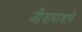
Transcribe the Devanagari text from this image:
जीवाभावाचे